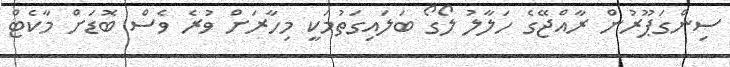
ސިންގަޕޫރުން ރާއްޖޭގެ ހަލާލު ލޯގޯ ބަލައިގަތުމަކީ މިހާރަށް ވުރެ ވެސް ބޮޑަށް މާކެޓް